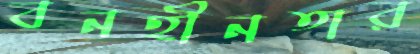
বনহীনতার